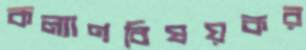
কল্যাণবিষয়কর